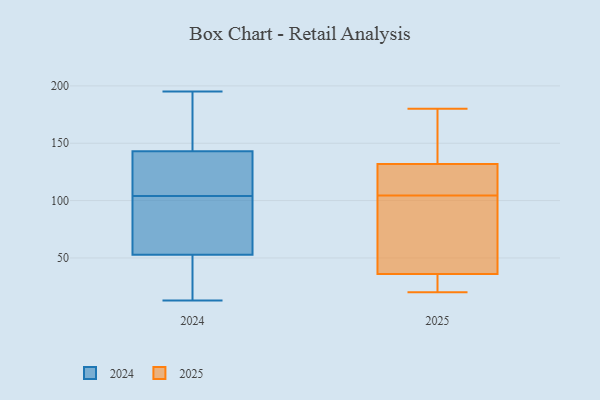
{"axis": {"x": "Headcount", "y": "Value"}, "legend": ["2024", "2025"], "data": [{"x": "", "y": 88, "type": "2024"}, {"x": "", "y": 195, "type": "2024"}, {"x": "", "y": 97, "type": "2024"}, {"x": "", "y": 45, "type": "2024"}, {"x": "", "y": 76, "type": "2024"}, {"x": "", "y": 157, "type": "2024"}, {"x": "", "y": 13, "type": "2024"}, {"x": "", "y": 34, "type": "2024"}, {"x": "", "y": 104, "type": "2024"}, {"x": "", "y": 143, "type": "2024"}, {"x": "", "y": 143, "type": "2024"}, {"x": "", "y": 114, "type": "2024"}, {"x": "", "y": 111, "type": "2024"}, {"x": "", "y": 42, "type": "2024"}, {"x": "", "y": 160, "type": "2024"}, {"x": "", "y": 109, "type": "2025"}, {"x": "", "y": 31, "type": "2025"}, {"x": "", "y": 108, "type": "2025"}, {"x": "", "y": 148, "type": "2025"}, {"x": "", "y": 61, "type": "2025"}, {"x": "", "y": 20, "type": "2025"}, {"x": "", "y": 180, "type": "2025"}, {"x": "", "y": 131, "type": "2025"}, {"x": "", "y": 101, "type": "2025"}, {"x": "", "y": 29, "type": "2025"}, {"x": "", "y": 41, "type": "2025"}, {"x": "", "y": 133, "type": "2025"}]}